65_HS1-834228961_62-HQ-83894_Section_4
Agency: FBI
Page 130
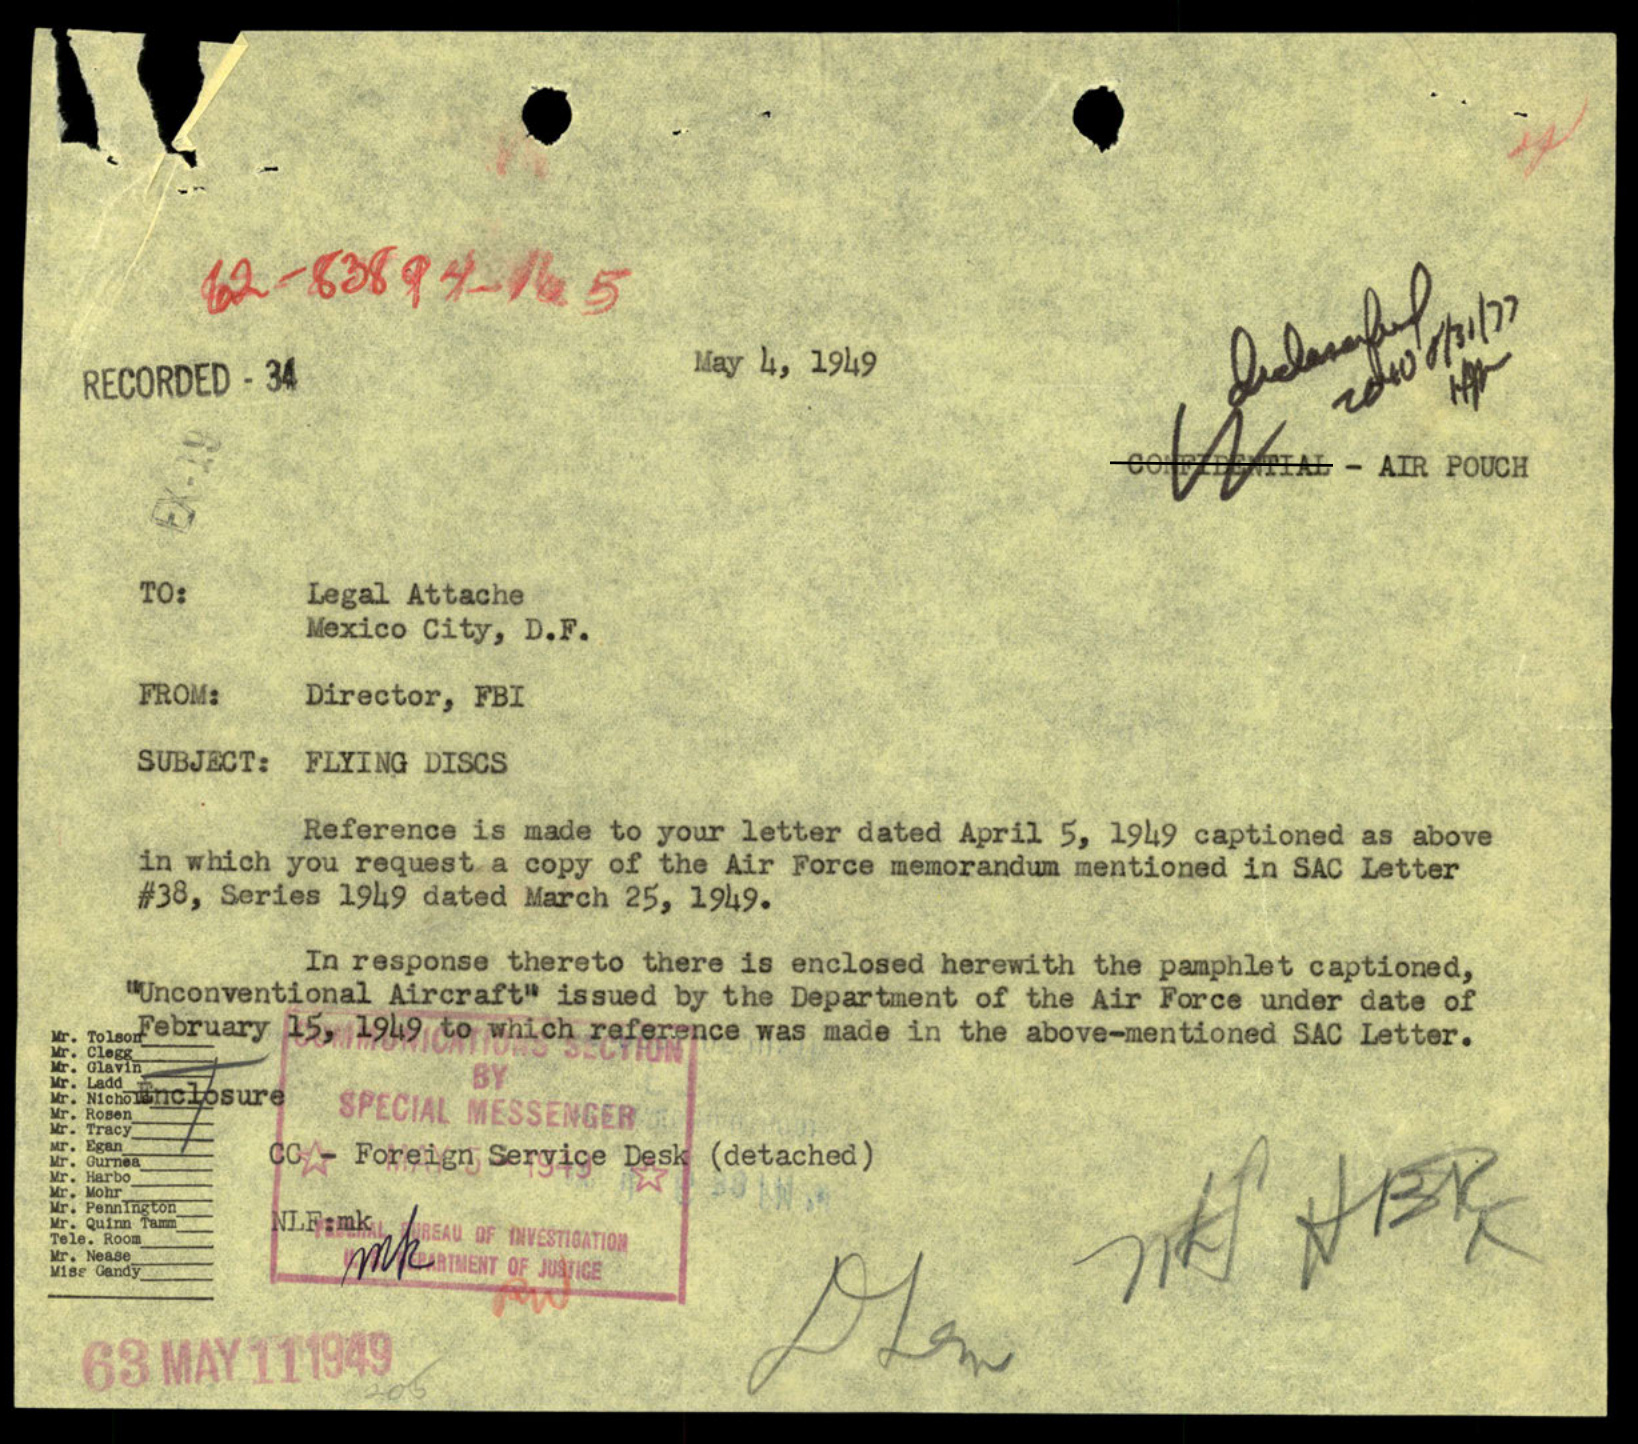